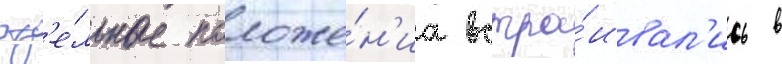
отд'е́льные положе́н'иа встра́ивал'ись в